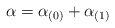
\begin{align*}\alpha=\alpha_{(0)}+\alpha_{(1)}\end{align*}